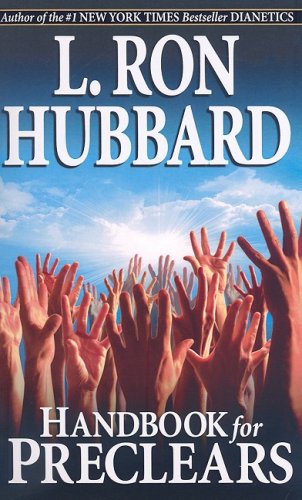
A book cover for Handbook for Preclears; L. Ron Hubbard; Religion & Spirituality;